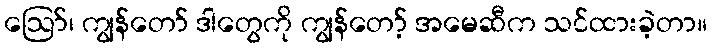
ဪ၊ ကျွန်တော် ဒါတွေကို ကျွန်တော့် အမေဆီက သင်ထားခဲ့တာ။